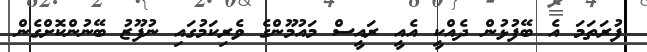
ފުރަތަމަ އެ ބޭފުޅުން ދެއްކީ އެއީ ރައީސް މައުމޫންގެ ވެރިކަމުގައި ނުފޫޒު ބޭނުންކޮށްގެން